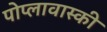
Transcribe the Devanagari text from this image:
पोप्लावास्की